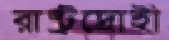
রাষ্ট্রদ্রোহী